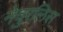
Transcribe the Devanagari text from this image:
नेचुरलिस